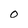
Character: O